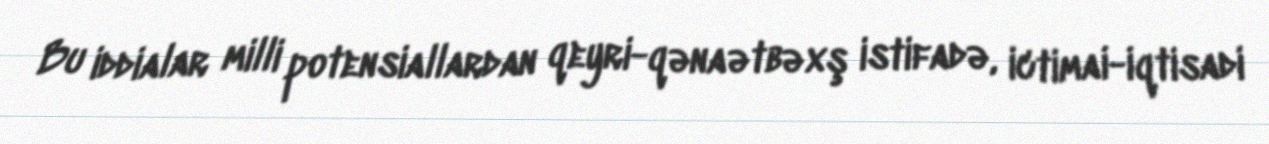
Bu iddialar milli potensiallardan qeyri-qənaətbəxş istifadə, ictimai-iqtisadi